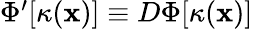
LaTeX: \begin{array}{r}{\Phi^{\prime}[\kappa(\mathbf{x})]\equiv D\Phi[\kappa(\mathbf{x})]}\end{array}